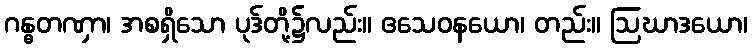
ဂန္ဓတဏှာ၊ အစရှိသော ပုဒ်တို့၌လည်း။ ဧသေဝနယော၊ တည်း။ ဩဃာဒယော၊